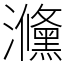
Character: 㶖